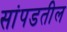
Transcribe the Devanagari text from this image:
सांपडतील